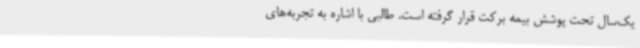
یک‌سال تحت پوشش بیمه برکت قرار گرفته است. طالبی با اشاره به تجربه‌های